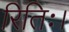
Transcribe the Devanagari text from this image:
रितिः।